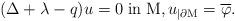
LaTeX: \begin{align*}(\Delta +\lambda -q)u=0\; \mathrm{in}\; \mathrm{M},u_{|\partial \mathrm{M}}=\overline{\varphi}.\end{align*}